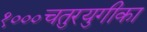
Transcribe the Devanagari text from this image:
१०००चतुरयुगीका